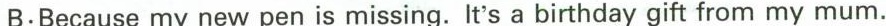
B:Because my new pen is missing. It's a birthday gift from my mum.